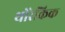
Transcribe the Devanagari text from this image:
थोरेकिक